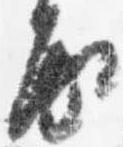
房